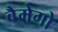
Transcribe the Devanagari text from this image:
वैमेगो